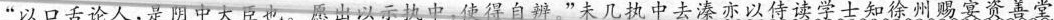
” \underline{以口舌论人，是阴中大臣也。愿出以示执中，使得自辨}。”未几执中去溱亦以侍读学士知徐州赐宴资善堂